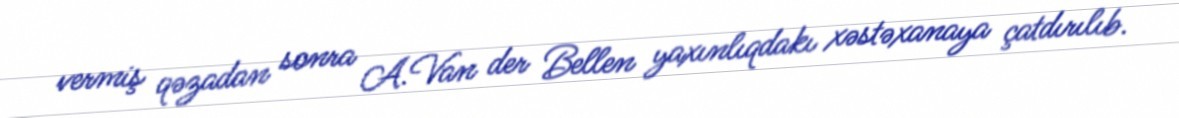
vermiş qəzadan sonra A.Van der Bellen yaxınlıqdakı xəstəxanaya çatdırılıb.